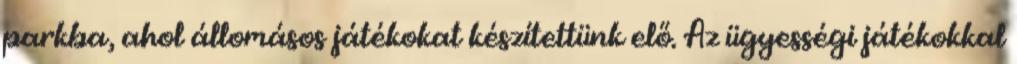
parkba, ahol állomásos játékokat készítettünk elő. Az ügyességi játékokkal